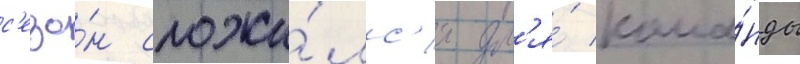
с'езо́н сложи́лс'я дл'я́ кома́нды